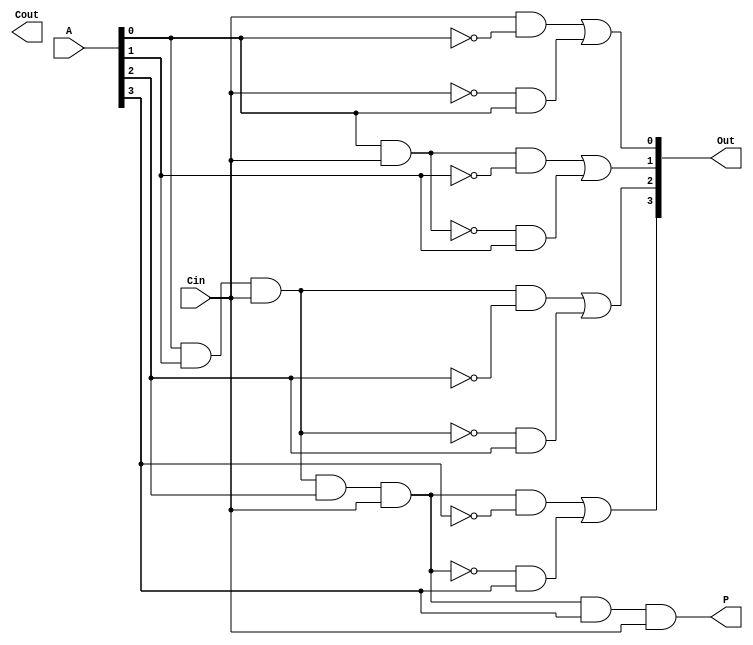
module incrementer4(A,Out,Cin,Cout,P);
input [3:0]A;
input Cin;
output [3:0]Out ;
output Cout,P;

wire p0,p1,p2,p3;
wire c1,c2,c3;

assign p0 = A[0];
assign p1 = A[1];
assign p2 = A[2];
assign p3 = A[3];

assign Out[0] = (Cin&~A[0])|(~Cin&A[0]);
assign Out[1] = (c1&~A[1])|(~c1&A[1]);
assign Out[2] = (c2&~A[2])|(~c2&A[2]);
assign Out[3] = (c3&~A[3])|(~c3&A[3]);

assign c1 = p0&Cin;
assign c2 = p0&p1&Cin;
assign c3 = c2&p2&Cin;
assign P =  c3&p3&Cin;

endmodule